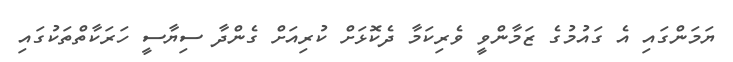
ޔަމަންގައި އެ ގައުމުގެ ޒަމާންވީ ވެރިކަމާ ދެކޮޅަށް ކުރިއަށް ގެންދާ ސިޔާސީ ހަރަކާތްތަކުގައި